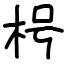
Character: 枵